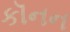
કૉનન